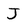
Character: J